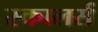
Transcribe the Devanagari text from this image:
स्कालर्स